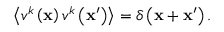
\left\langle v ^ { k } \left( \mathbf { x } \right) v ^ { k } \left( \mathbf { x } ^ { \prime } \right) \right\rangle = \delta \left( \mathbf { x } + \mathbf { x } ^ { \prime } \right) .